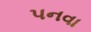
પનવા